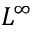
L ^ { \infty }